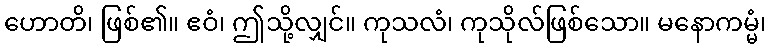
ဟောတိ၊ ဖြစ်၏။ ဧဝံ၊ ဤသို့လျှင်။ ကုသလံ၊ ကုသိုလ်ဖြစ်သော။ မနောကမ္မံ၊